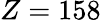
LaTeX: Z=158